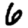
Digit: 6